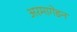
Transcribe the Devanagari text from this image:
अरमागेडन